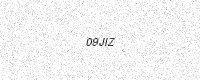
Text: 09JIZ